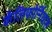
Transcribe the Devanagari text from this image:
कॅलिफोर्नियास